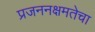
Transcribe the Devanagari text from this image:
प्रजननक्षमतेचा